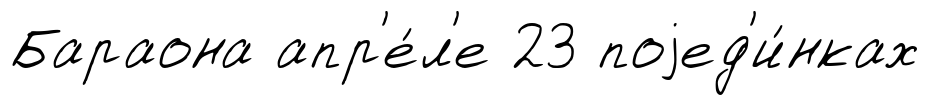
Бараона апр'е́л'е 23 поjед'и́нках